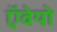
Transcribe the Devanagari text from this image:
ऍवेयो